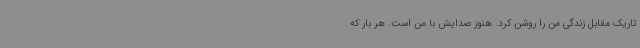
تاریک مقابل زندگی من را روشن کرد. هنوز صدایش با من است. هر بار که